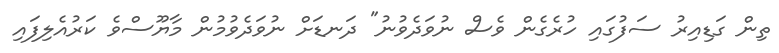
ތިން ގަޑިއިރު ސަފުގައި ހުރެގެން ވެސް ނުވަދެވުނު" ދަނޑަށް ނުވަދެވުމުން މާޔޫސްވެ ކަރުއެލިފައި